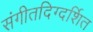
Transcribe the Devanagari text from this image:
संगीतदिग्दर्शित